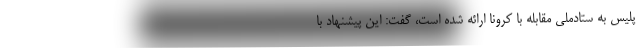
پلیس به ستادملی مقابله با کرونا ارائه شده است، گفت: این پیشنهاد با